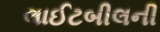
લાઈટબીલની